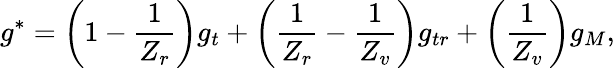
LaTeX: g^{\ast}=\left(1-\frac{1}{Z_{r}}\right)g_{t}+\left(\frac{1}{Z_{r}}-\frac{1}{Z_{v}}\right)g_{tr}+\left(\frac{1}{Z_{v}}\right)g_{M},